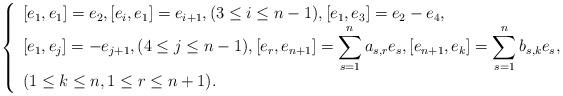
LaTeX: \begin{align*}\left\{\begin{array}{l}\displaystyle [e_1,e_1]=e_{2},[e_i,e_1]=e_{i+1},(3\leq i\leq n-1),[e_1,e_3]=e_2-e_4,\\\displaystyle [e_1,e_j]=-e_{j+1},(4\leq j\leq n-1),[e_r,e_{n+1}]=\sum_{s=1}^na_{s,r}e_s,[e_{n+1},e_k]=\sum_{s=1}^nb_{s,k}e_s,\\\displaystyle (1\leq k\leq n,1\leq r\leq n+1).\end{array} \right.\end{align*}